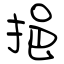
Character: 挹